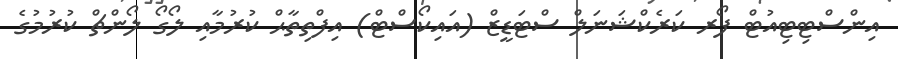
އިންސްޓިޓިއުޓް ފޯރ ކަރެކްޝަނަލް ސްޓަޑީޒް (އައިކޯސްޓް) އިފްތިތާޙް ކުރުމާއި ލޯގޯ ލޯންޗް ކުރުމުގެ